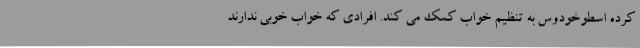
کرده اسطوخودوس به تنظیم خواب کمک می کند. افرادی که خواب خوبی ندارند